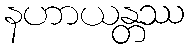
နဟာယန္တဿ